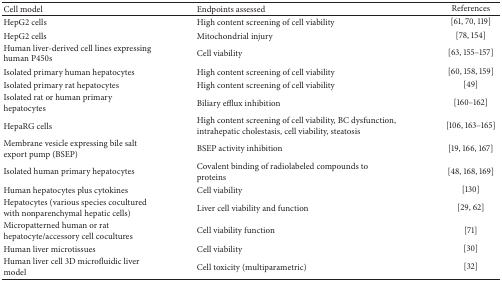
<table><thead><tr><td><b>Cell model</b></td><td><b>Endpoints assessed</b></td><td><b>References</b></td></tr></thead><tbody><tr><td>HepG2 cells</td><td>High content screening of cell viability</td><td>[61, 70, 119]</td></tr><tr><td>HepG2 cells</td><td>Mitochondrial injury</td><td> [78, 154]</td></tr><tr><td>Human liver-derived cell lines expressing human P450s</td><td>Cell viability</td><td>[63, 155–157]</td></tr><tr><td>Isolated primary human hepatocytes</td><td>High content screening of cell viability</td><td>[60, 158, 159]</td></tr><tr><td>Isolated primary rat hepatocytes</td><td>High content screening of cell viability</td><td> [49]</td></tr><tr><td>Isolated rat or human primary hepatocytes</td><td>Biliary efflux inhibition</td><td>[160–162]</td></tr><tr><td>HepaRG cells</td><td>High content screening of cell viability, BC dysfunction, intrahepatic cholestasis, cell viability, steatosis</td><td> [106, 163–165] </td></tr><tr><td>Membrane vesicle expressing bile salt export pump (BSEP)</td><td>BSEP activity inhibition</td><td> [19, 166, 167]</td></tr><tr><td>Isolated human primary hepatocytes</td><td>Covalent binding of radiolabeled compounds to proteins </td><td>[48, 168, 169]</td></tr><tr><td>Human hepatocytes plus cytokines</td><td>Cell viability</td><td>[130]</td></tr><tr><td>Hepatocytes (various species cocultured with nonparenchymal hepatic cells)</td><td>Liver cell viability and function</td><td>[29, 62]</td></tr><tr><td>Micropatterned human or rat hepatocyte/accessory cell cocultures</td><td>Cell viability function</td><td>[71]</td></tr><tr><td>Human liver microtissues</td><td>Cell viability</td><td>[30]</td></tr><tr><td>Human liver cell 3D microfluidic liver model</td><td>Cell toxicity (multiparametric)</td><td>[32]</td></tr></tbody></table>